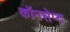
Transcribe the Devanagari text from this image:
कॉनसेप्ट